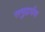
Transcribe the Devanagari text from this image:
समुद्रार्पण